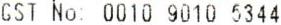
GST NO: 0010 9010 5344